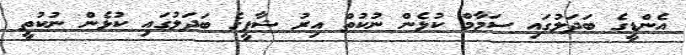
އެންޑީގެ ބަދަލުގައި ސަމާމް ކުޅެން ނުކުތް އިރު ޝާފީގެ ބަދަލުގައި ކުޅެން ނުކުތީ